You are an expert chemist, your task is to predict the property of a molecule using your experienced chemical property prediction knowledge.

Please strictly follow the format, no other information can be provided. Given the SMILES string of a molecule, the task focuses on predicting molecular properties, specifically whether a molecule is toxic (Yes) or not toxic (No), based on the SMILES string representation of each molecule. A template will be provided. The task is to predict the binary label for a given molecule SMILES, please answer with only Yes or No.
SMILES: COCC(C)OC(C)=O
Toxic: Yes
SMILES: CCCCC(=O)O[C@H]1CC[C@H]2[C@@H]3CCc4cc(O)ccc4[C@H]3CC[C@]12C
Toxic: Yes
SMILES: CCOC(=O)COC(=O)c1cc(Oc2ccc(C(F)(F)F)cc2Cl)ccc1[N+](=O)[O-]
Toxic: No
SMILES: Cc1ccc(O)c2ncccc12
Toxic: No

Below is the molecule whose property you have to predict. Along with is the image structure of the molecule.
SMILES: Cc1nc2ccccc2n1Cc1ccc(Cl)cc1
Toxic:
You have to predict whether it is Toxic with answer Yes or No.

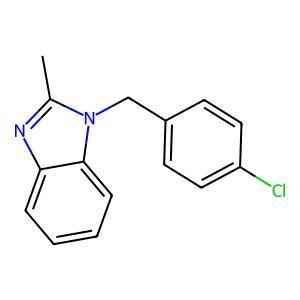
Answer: No